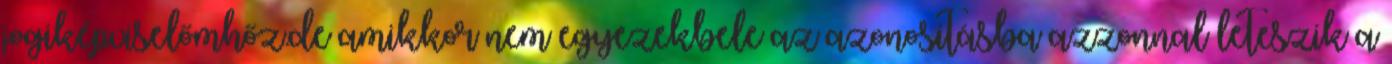
jogiképviselőmhőz.de amikkor nem egyezekbele az azonositásba azzonnal leteszik a